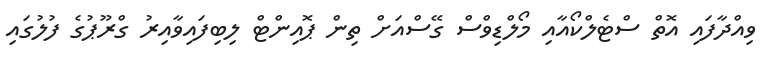
ވިއްދާފައި އޮތް ސްޓެލްކޯއާއި މޯލްޑިވްސް ގޭސްއަށް ތިން ޕޮއިންޓް ލިބިފައިވާއިރު ގްރޫޕުގެ ފުލުގައި